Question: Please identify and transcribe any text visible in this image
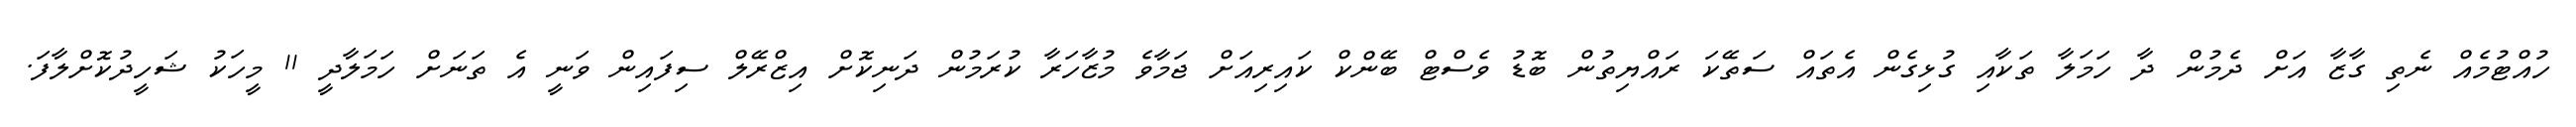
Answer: ހުއްޓުމެއް ނެތި ގާޒާ އަށް ދެމުން ދާ ހަމަލާ ތަކާއި ގުޅިގެން އެތައް ސަތޭކަ ރައްޔިތުން ބޮޑު ވެސްޓް ބޭންކް ކައިރިއަށް ޖަމާވެ މުޒާހަރާ ކުރަމުން ދަނިކޮށް އިޒްރޭލް ސިފައިން ވަނީ އެ ތަނަށް ހަމަލާދީ 11 މީހަކު ޝަހީދުކޮށްލާފަ.